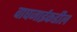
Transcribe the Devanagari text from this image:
वाघजाईकडील